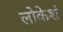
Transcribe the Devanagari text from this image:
लोकेशं